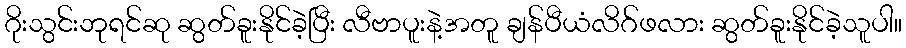
ဂိုးသွင်းဘုရင်ဆု ဆွတ်ခူးနိုင်ခဲ့ပြီး လီဗာပူးနဲ့အတူ ချန်ပီယံလိဂ်ဖလား ဆွတ်ခူးနိုင်ခဲ့သူပါ။